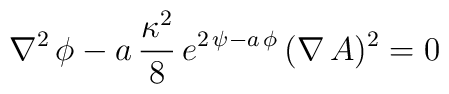
\nabla^{2}\, \phi-a\, {\kappa^{2} \over  8}\, e^{2\, \psi - a\, \phi}\,(\nabla\,A)^{2}=0